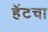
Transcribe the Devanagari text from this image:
हॅटचा